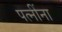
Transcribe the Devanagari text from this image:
पत्‍नींना